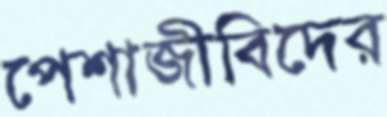
পেশাজীবিদের